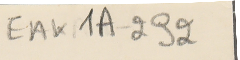
EAKA - 292